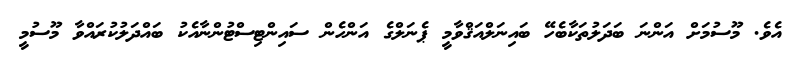
އެވެ. މޫސުމަށް އަންނަ ބަދަލުތަކާބެހޭ ބައިނަލްއަޤްވާމީ ޕެނަލްގެ އަންހެން ސައިންޓިސްޓުންނާއެކު ބައްދަލުކުރައްވާ މޫސުމީ